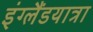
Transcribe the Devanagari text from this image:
इंग्लैंडयात्रा